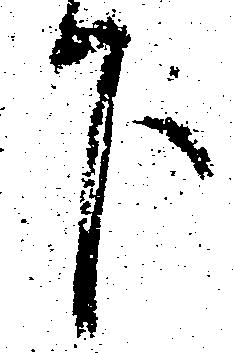
下